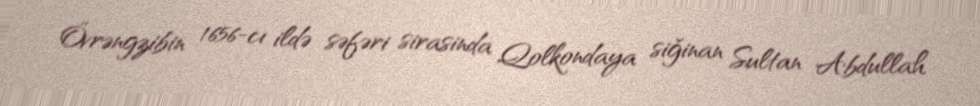
Övrəngzibin 1656-cı ildə səfəri sirasinda Qolkondaya siğinan Sultan Abdullah